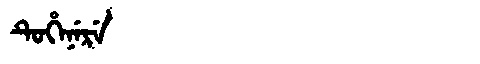
Manchu: ᡨᡠᡥᡝᠨᡝᡵᡝ
Romanization: TUHENERE